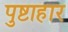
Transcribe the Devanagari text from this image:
पुष्टाहार